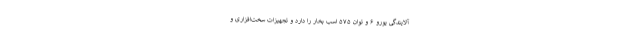
آلایندگی یورو ۶ و توان ۵۷۵ اسب بخار را دارد و تجهیزات سخت‌افزاری و